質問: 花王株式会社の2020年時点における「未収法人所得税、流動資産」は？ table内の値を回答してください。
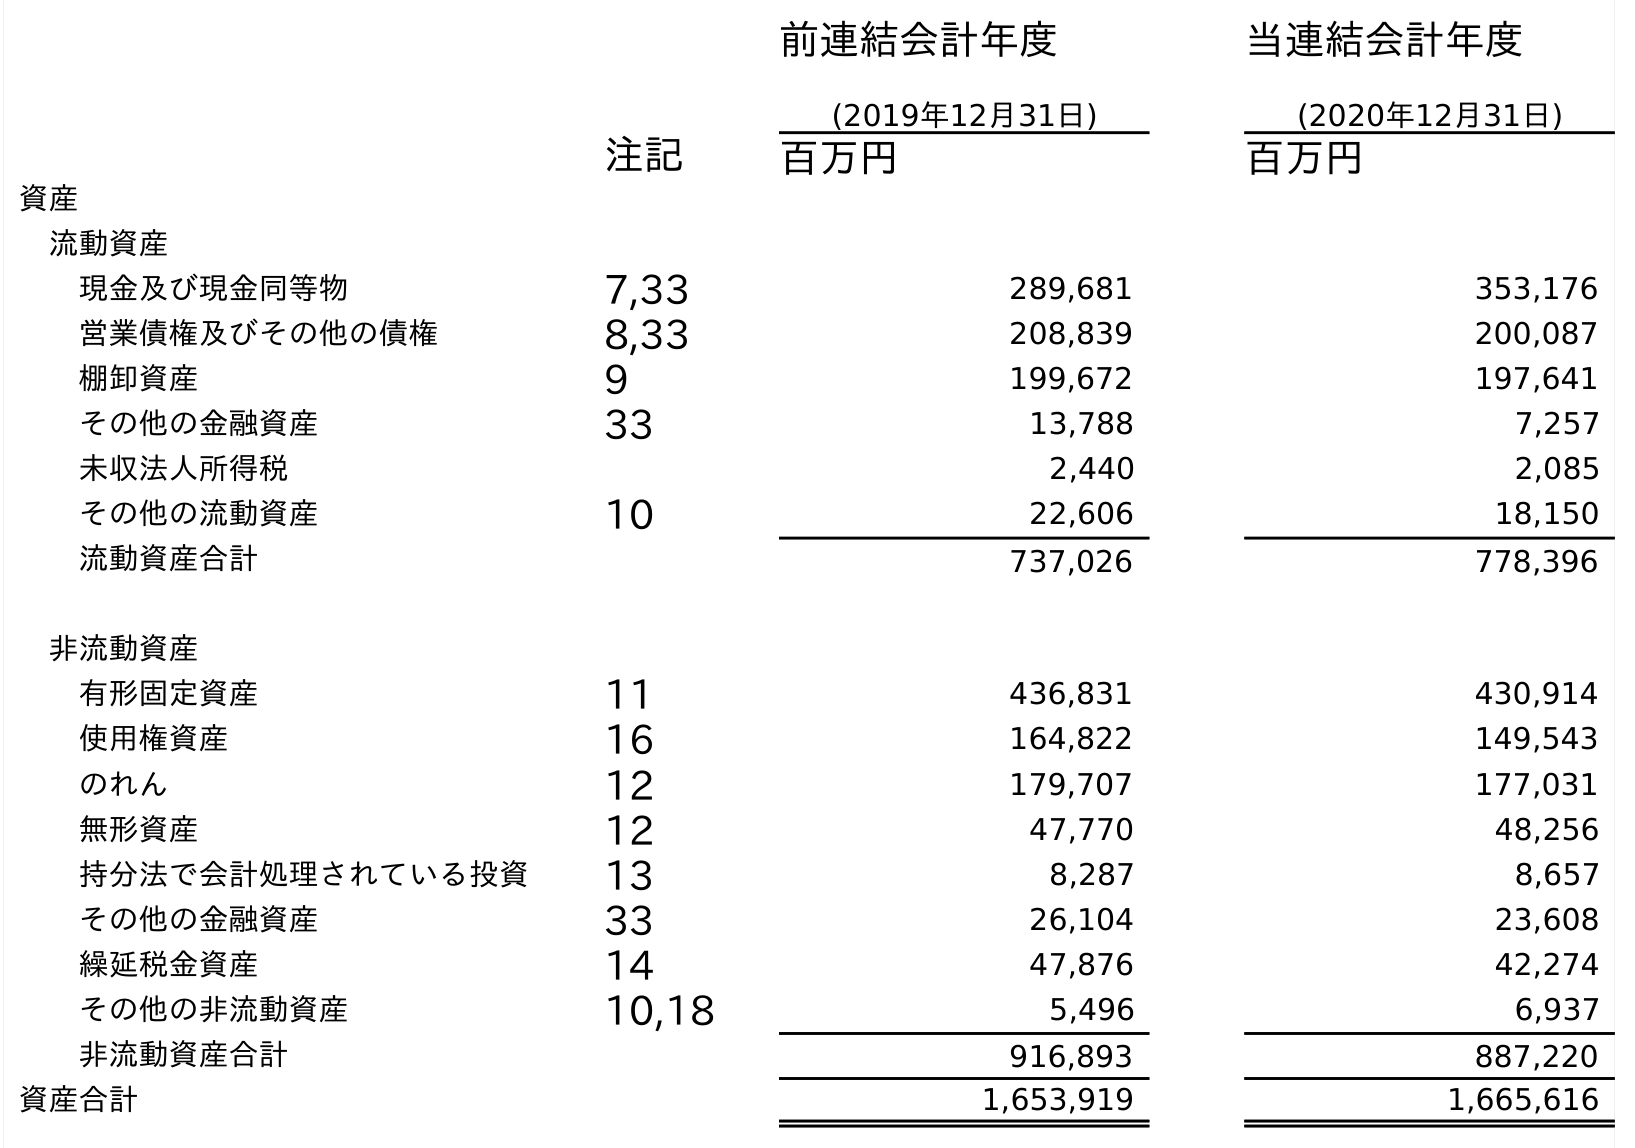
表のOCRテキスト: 前連結会計年度 (2019年12月31日) 当連結会計年度 (2020年12月31日) 注記 百万円 百万円 資産 流動資産 現金及び現金同等物 7,33 289,681 353,176 営業債権及びその他の債権 8,33 208,839 200,087 棚卸資産 9 199,672 197,641 その他の金融資産 33 13,788 7,257 未収法人所得税 2,440 2,085 その他の流動資産 10 22,606 18,150 流動資産合計 737,026 778,396 非流動資産 有形固定資産 11 436,831 430,914 使用権資産 16 164,822 149,543 のれん 12 179,707 177,031 無形資産 12 47,770 48,256 持分法で会計処理されている投資 13 8,287 8,657 その他の金融資産 33 26,104 23,608 繰延税金資産 14 47,876 42,274 その他の非流動資産 10,18 5,496 6,937 非流動資産合計 916,893 887,220 資産合計 1,653,919 1,665,616
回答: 2,085